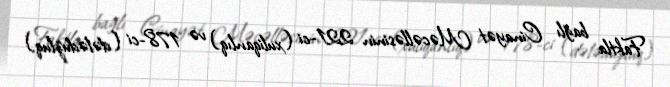
Faktla bağlı Cinayət Məcəlləsinin 221-ci (xuliqanlıq) və 178-ci (dələduzluq)